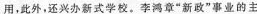
用，此外，还兴办新式学校。李鸿章”新政”事业的主